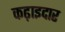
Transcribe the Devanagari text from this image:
कढ़ाइदार